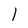
Character: 1